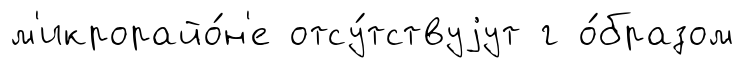
м'икрорайо́н'е отсу́тствуjут г о́бразом